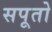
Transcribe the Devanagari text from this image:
सपूतो